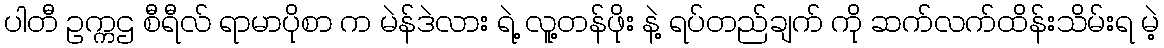
ပါတီ ဥက္ကဌ စီရီလ် ရာမာပိုစာ က မဲန်ဒဲလား ရဲ့ လူ့တန်ဖိုး နဲ့ ရပ်တည်ချက် ကို ဆက်လက်ထိန်းသိမ်းရ မဲ့